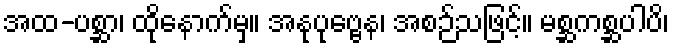
အထ-ပစ္ဆာ၊ ထိုနောက်မှ။ အနုပုဗ္ဗေန၊ အစဉ်သဖြင့်။ မစ္ဆကစ္ဆပါပိ၊